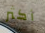
أكثر